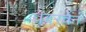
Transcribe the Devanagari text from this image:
वेदरवेन